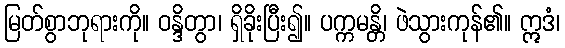
မြတ်စွာဘုရားကို။ ဝန္ဒိတွာ၊ ရှိခိုးပြီး၍။ ပက္ကမန္တိ၊ ဖဲသွားကုန်၏။ ဣဒံ၊